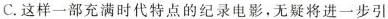
C.这样一部充满时代特点的纪录电影，无疑将进一步引